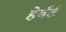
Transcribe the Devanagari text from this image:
हेर्बर्ट